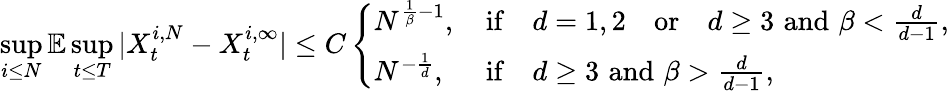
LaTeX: \operatorname*{sup}_{i\leq N}\mathbb{E}\operatorname*{sup}_{t\leq T}|X_{t}^{i,N}-X_{t}^{i,\infty}|\leq C\left\{ \begin{array}{ll}{N^{\frac{1}{\beta}-1},\, }&{\mathrm{if}\quad d=1,2\quad\mathrm{or}\quad d\geq 3\, \, \mathrm{and}\, \, \beta<\frac{d}{d-1},}\\ {N^{-\frac 1d},\, }&{\mathrm{if}\quad d\geq 3\, \, \mathrm{and}\, \, \beta>\frac{d}{d-1},}\end{array}\right.